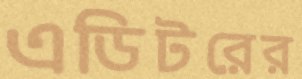
এডিটরের